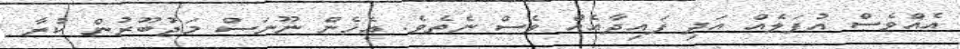
އެއްވެސް އުފަލެއް އަދި ފައިދާއެއް ވެސް ނެތެވެ. އެހެން ނޫނަސް މަޖުބޫރުން ކުރާ